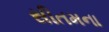
સીતમના